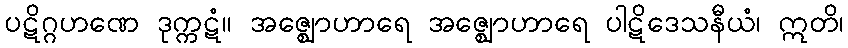
ပဋိဂ္ဂဟဏေ ဒုက္ကဋံ။ အဇ္ဈောဟာရေ အဇ္ဈောဟာရေ ပါဋိဒေသနီယံ၊ ဣတိ၊